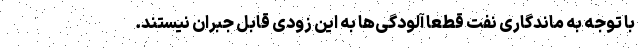
با توجه به ماندگاری نفت قطعاً آلودگی‌ها به این زودی قابل جبران نیستند.